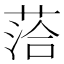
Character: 𫈰